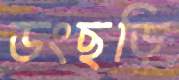
ডংছড়ি